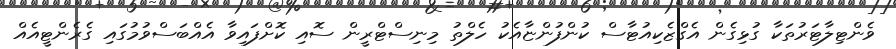
ވެންޓިލާޓަރުތަކާ ގުޅިގެން އެގްޒެކިއުޓާސް ކުންފުންޏާއެކު ހެލްތު މިނިސްޓްރީން ސޮއި ކޮށްފައިވާ އެއްބަސްވުމުގައި ގެރެންޓީއެއް